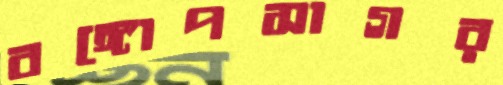
বঙ্গোপসাগর